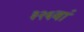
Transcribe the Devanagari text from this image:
३२६वां